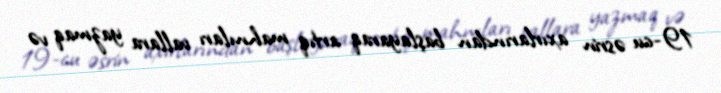
19-cu əsrin axırlarından başlayaraq artıq mahnıları vallara yazmaq və